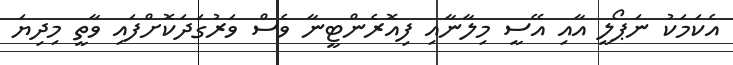
އެކަމަކު ނަޕޯލީ އާއި އޭސީ މިލާނާއި ފިއޮރެންޓީނާ ވެސް ވަރުގަދަކޮށްފައި ވާތީ މިދިޔަ